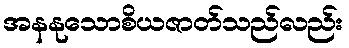
အနနုသောစိယဇာတ်သည်လည်း